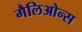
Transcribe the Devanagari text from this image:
गैलिओन्स